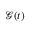
\mathcal { G } ( t )